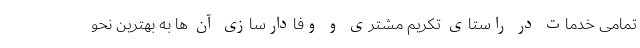
تمامی خدمات در راستای تکریم مشتری و وفادارسازی آن ها به بهترین نحو